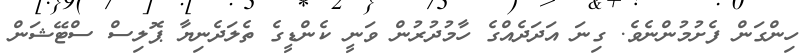
ހިންގަން ފެށުމުންނެވެ. ގިނަ އަދަދެއްގެ ހާމުދުރުން ވަނީ ކެންޑީގެ ތެލަދެނިޔާ ޕޮލިސް ސްޓޭޝަން